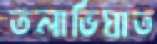
তলাভিঘাত